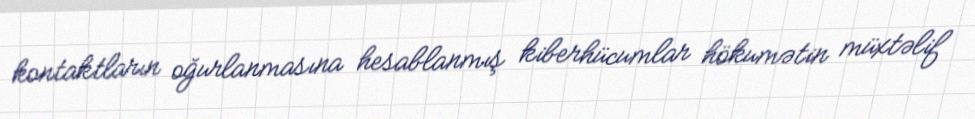
kontaktların oğurlanmasına hesablanmış kiberhücumlar hökumətin müxtəlif